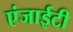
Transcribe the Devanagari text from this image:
एंजाईटी